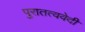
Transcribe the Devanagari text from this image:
पुरातत्ववेदी